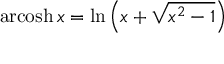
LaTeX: \operatorname { a r c o s h } x = \ln \left( x + { \sqrt { x ^ { 2 } - 1 } } \right)